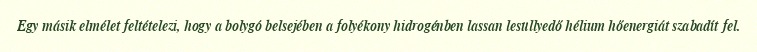
Egy másik elmélet feltételezi, hogy a bolygó belsejében a folyékony hidrogénben lassan lesüllyedő hélium hőenergiát szabadít fel.